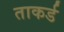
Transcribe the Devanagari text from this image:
ताकर्ड